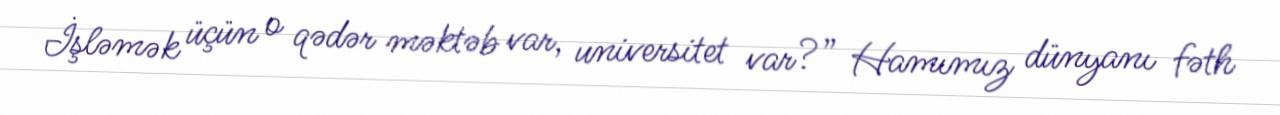
İşləmək üçün o qədər məktəb var, universitet var?” Hamımız dünyanı fəth